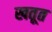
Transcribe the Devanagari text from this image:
खतूत